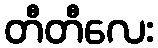
တီတီလေး